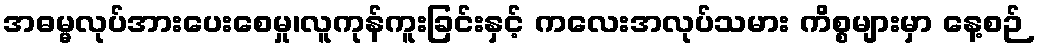
အဓမ္မလုပ်အားပေးစေမှု၊လူကုန်ကူးခြင်းနှင့် ကလေးအလုပ်သမား ကိစ္စများမှာ နေ့စဉ်